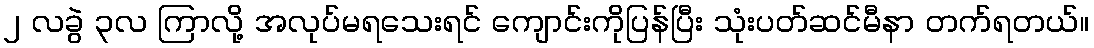
၂ လခွဲ ၃လ ကြာလို့ အလုပ်မရသေးရင် ကျောင်းကိုပြန်ပြီး သုံးပတ်ဆင်မီနာ တက်ရတယ်။